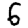
Digit: 6